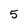
Character: 5